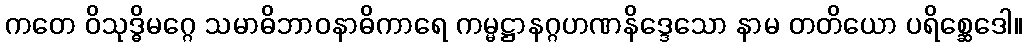
ကတေ ဝိသုဒ္ဓိမဂ္ဂေ သမာဓိဘာဝနာဓိကာရေ ကမ္မဋ္ဌာနဂ္ဂဟဏနိဒ္ဒေသော နာမ တတိယော ပရိစ္ဆေဒေါ။